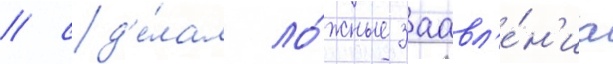
/ сд'е́лал ло́жные заавл'е́н'иа